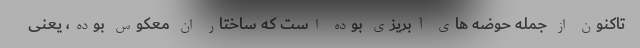
تاکنون از جمله حوضه های آبریزی بوده است که ساختار ان معکوس بوده، یعنی